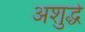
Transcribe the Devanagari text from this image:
अशुद्धे